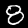
Digit: 8